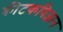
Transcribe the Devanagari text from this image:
कीटकविज्ञान